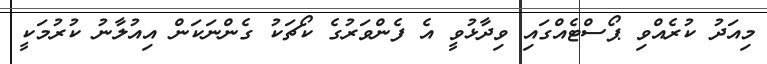
މިއަދު ކުރެއްވި ޕޯސްޓެއްގައި ވިދާޅުވީ އެ ފެންވަރުގެ ކޯޗަކު ގެންނަކަން އިއުލާނު ކުރުމަކީ